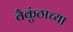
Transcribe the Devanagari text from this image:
वैकुंठाच्या